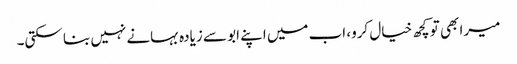
میرا بھی تو کچھ خیال کرو، اب میں اپنے ابو سے زیادہ بہانے نہیں بنا سکتی۔